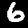
Digit: 6